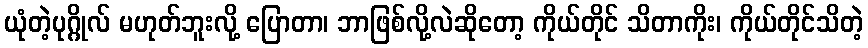
ယုံတဲ့ပုဂ္ဂိုလ် မဟုတ်ဘူးလို့ ပြောတာ၊ ဘာဖြစ်လို့လဲဆိုတော့ ကိုယ်တိုင် သိတာကိုး၊ ကိုယ်တိုင်သိတဲ့